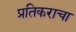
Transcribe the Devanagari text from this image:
प्रतिकराचा